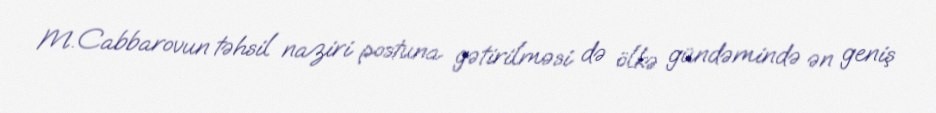
M.Cabbarovun təhsil naziri postuna gətirilməsi də ölkə gündəmində ən geniş